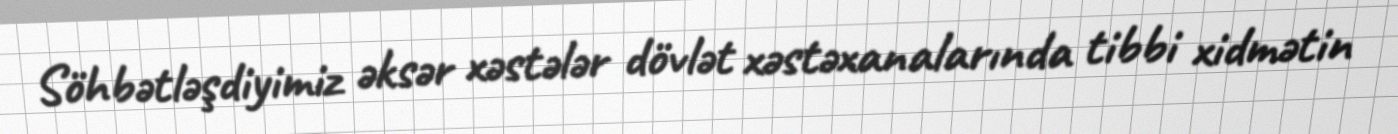
Söhbətləşdiyimiz əksər xəstələr dövlət xəstəxanalarında tibbi xidmətin